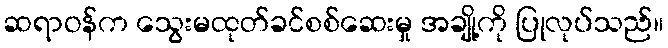
ဆရာဝန်က သွေးမထုတ်ခင်စစ်ဆေးမှု အချို့ကို ပြုလုပ်သည်။